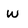
Character: w